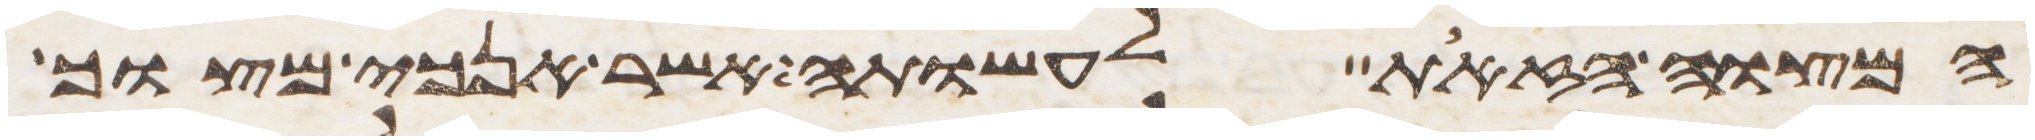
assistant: המצוה הזאת לעשותה אשר אנכי מצוך